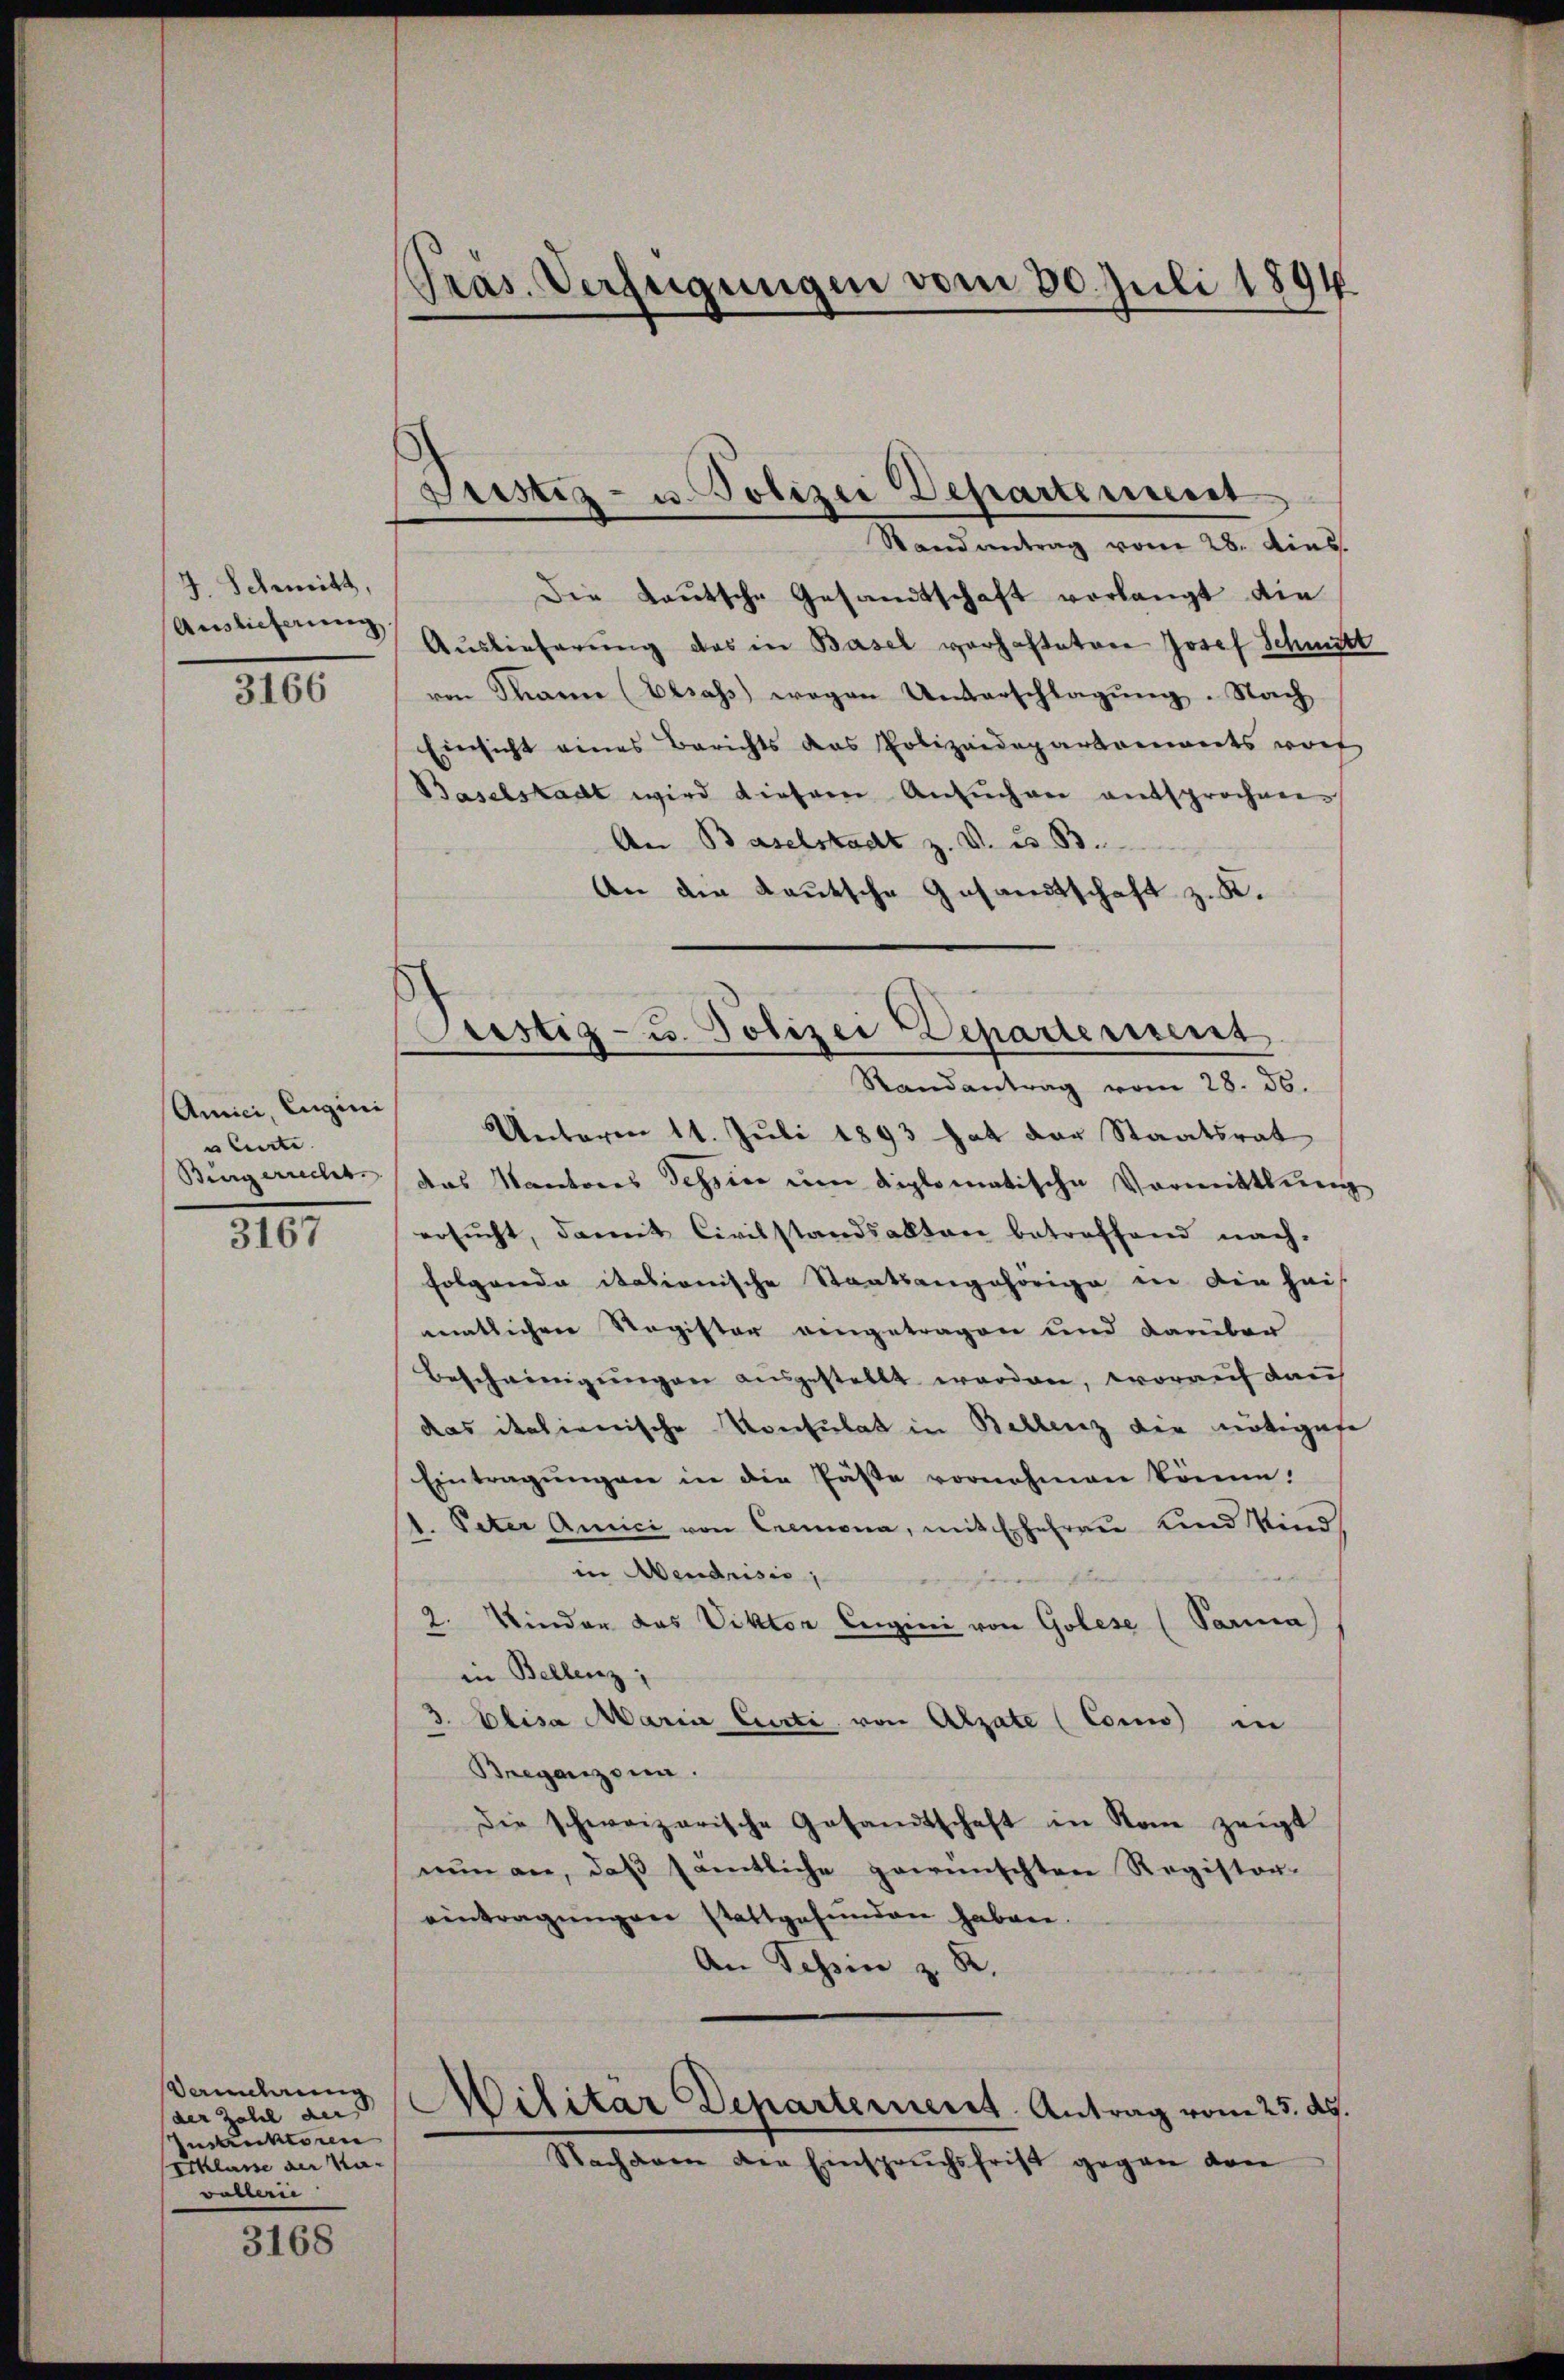
J. Schwitz,
Auslieferung
3166

Amici, Eugini
ulierte.
Bürgerrecht.

3167

Vancherung
der Zahl der
Instruktoren
Ecklasse an Mawaren

3168

Präs. Verfügungen vom 30. Juli 1894

Justiz- u. Polizei Departerriert

Justiz- u. Polizei Departerient

Randantrag vom 28. Ains.
Die Lautsche Gesandtschaft vorlangt die
Auslieferung das in Basel vorhalteten Josef Schmitt
ven Tanne (Elsass wegen Unterschlagung. Nach
Einsicht eines Berichts das Polizeidepartements woh
Baselstadt wird diesem Ansuchen entsprochen.
An Baselstadt z. V. u. B.
An die Kautsche Gesandtschaft z. K.
Randantrag vom 28. 36.
Unteren 11. Juli 1893 hat der Staatsrat
das Kantores Tessier um diplomatische Vormittlung
ersucht, damit Civilstandsalten betreffend nach-
Folgende itationische Staatsangehörige in die hais
matlichen Register eingetragen und darüber
Bescheinigungen ausgestellt werden, worauf dau
das italienische Konsulat in Bellenz die nötigese
Eintragŭngen in die Päste vornehmen könne.
d. Peter Amici von Cremona, mit Erfahren und Kind
in Abendrisis,
2. Kinder das Viktor Eugini von Golese (Parma)
in Bellenz,
3. Elisa Maria Curti von Alzate (Como in
Breganzen.
Die schweizerische Gesandtschaft in Rom zeigt
nun an, daß sämtliche gewünschten Registor-
eintragŭngen stattgefunden haben.
An Tessin z. R.
Militär Departement. Antrag vom 25. ds.
Nachdem den Einspruchsfrist gegen von